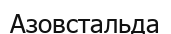
Азовстальда